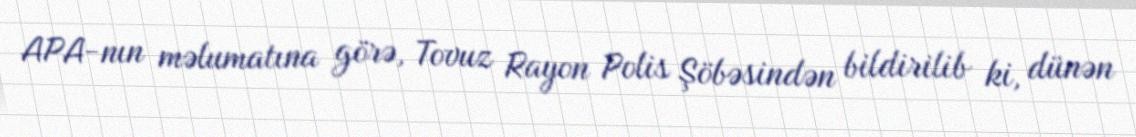
APA-nın məlumatına görə, Tovuz Rayon Polis Şöbəsindən bildirilib ki, dünən